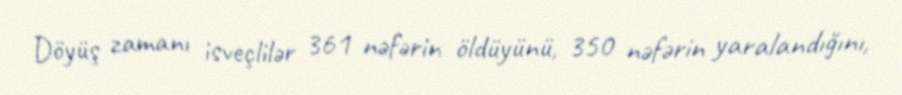
Döyüş zamanı isveçlilər 361 nəfərin öldüyünü, 350 nəfərin yaralandığını,